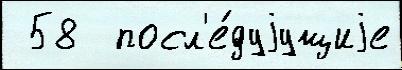
 58  посл'е́дуjущиjе